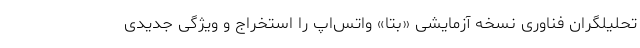
تحلیلگران فناوری نسخه آزمایشی «بتا» واتس‌اپ را استخراج و ویژگی جدیدی